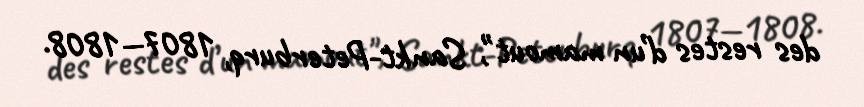
des restes d’un mamout", Sankt-Peterburq, 1807—1808.